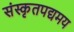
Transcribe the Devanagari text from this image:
संस्कृतपद्यमय